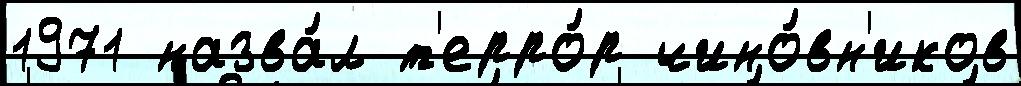
1971 назва́л т'ерро́р чино́вн'иков